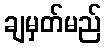
ချမှတ်မည်